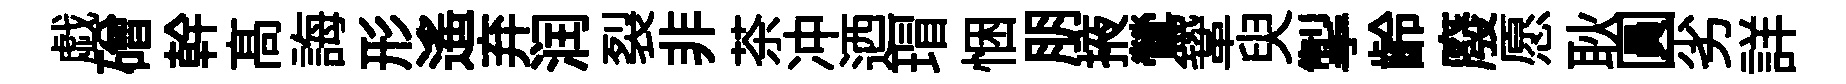
戯磳幹髙誨形遙弃润裂非茶冲迺瑁悃朋掖鶯鞏臾掣齡廢愿耿圓劣詳